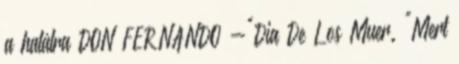
a halálra DON FERNANDO -"Dia De Los Muer. "Mert